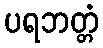
ပရဘတ္တံ